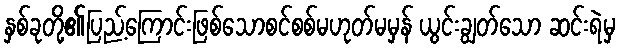
နှစ်ခုတို့၏ပြည့်ကြောင်းဖြစ်သောစင်စစ်မဟုတ်မမှန် ယွင်းချွတ်သော ဆင်းရဲမှ